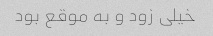
خیلی زود و به موقع بود